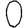
Digit: 0